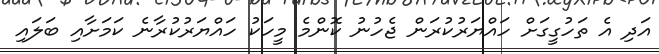
އަދި އެ ތަހުގީގަށް ހައްޔަރުކުރަން ޖެހުނު ކޮންމެ މީހަކު ހައްޔަރުކުރާނެ ކަމަށާއި ބަލައި